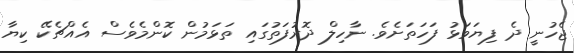
ޖެހުނީ ދެ ފިޔަވަޅު ފަހަތަށެވެ. ނާހިލް ދޮރުފަތުގައި ތަޅަމުން ކޮންމެވެސް އެއްޗެކޭ ކިޔާ